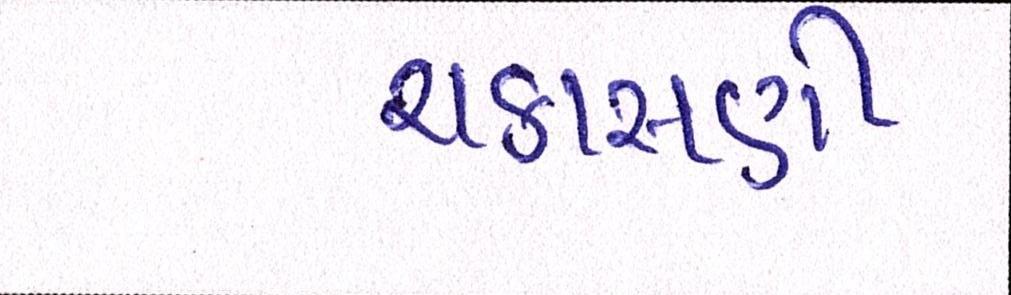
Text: ચકાસણી